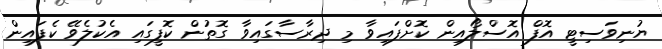
ޔުނިވަސިޓީ އޮފް އޮސްލޯއިން ކޮށްފައިވާ މި ދިރާސާގައިވާ ގޮތުން ކޮފީގައި އެކުލެވޭ ކެފައިން